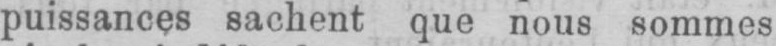
puissances sachent que nous sommes